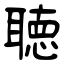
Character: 聴